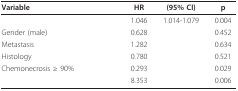
<table><thead><tr><td><b>Variable</b></td><td><b>HR</b></td><td><b>(95% CI)</b></td><td><b>p</b></td></tr></thead><tbody><tr><td>[EMPTY_CELL]</td><td>1.046</td><td>1.014-1.079</td><td>0.004</td></tr><tr><td>Gender (male)</td><td>0.628</td><td>[EMPTY_CELL]</td><td>0.452</td></tr><tr><td>Metastasis</td><td>1.282</td><td>[EMPTY_CELL]</td><td>0.634</td></tr><tr><td>Histology</td><td>0.780</td><td>[EMPTY_CELL]</td><td>0.521</td></tr><tr><td>Chemonecrosis ≥ 90%</td><td>0.293</td><td>[EMPTY_CELL]</td><td>0.029</td></tr><tr><td>[EMPTY_CELL]</td><td>8.353</td><td>[EMPTY_CELL]</td><td>0.006</td></tr></tbody></table>